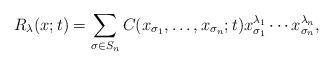
LaTeX: \begin{align*}R_{\lambda} (x ;t) = \sum_ {\sigma\in S_{n}} C ( x_{\sigma_1},\ldots , x_{\sigma_{n}};t) x_{\sigma_1}^{\lambda_1}\cdots x_{\sigma_{n}}^{ \lambda_{n}} ,\end{align*}